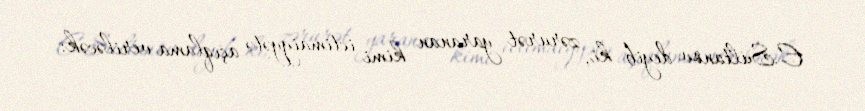
E.Sultanov deyib ki, zərurət yaranan kimi ictimaiyyətə açıqlama veriləcək: